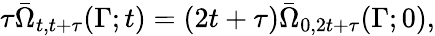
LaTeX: \tau\bar{\Omega}_{t,t+\tau}(\Gamma;t)=(2t+\tau)\bar{\Omega}_{0,2t+\tau}(\Gamma;0),